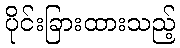
ပိုင်းခြားထားသည့်